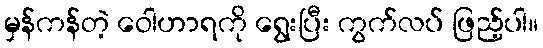
မှန်ကန်တဲ့ ဝေါဟာရကို ရွေးပြီး ကွက်လပ် ဖြည့်ပါ။